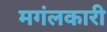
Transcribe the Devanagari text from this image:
मगंलकारी